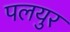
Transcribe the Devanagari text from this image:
पलयुर